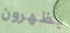
يظهرون